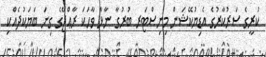
ކުރީގެ ސަރުކާރުގެ އެޑިޔުކޭޝަން މިނިސްޓަރ ބުރުގާ ނާޅާ ވާހަކަ ރާޢްޖޭގެ ގިނަ ބަޔަކުދެއްކި